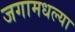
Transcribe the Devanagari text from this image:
जगामधल्या